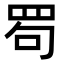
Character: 𦊒